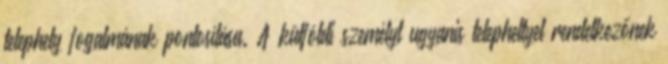
telephely fogalmának pontosítása. A külföldi személyt ugyanis telephellyel rendelkezőnek